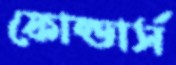
ফোল্ডার্স